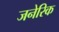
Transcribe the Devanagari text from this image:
जनेरिक